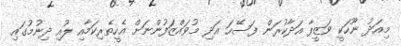
މިއަދު ނޫހަކީ ވަޒީފާ އަދާކުރަން ފަސޭހަ އަދި މުވައްޒަފުންނަށް އެހީތެރިކަމާއި ލުއި ދިނުމުގައި